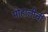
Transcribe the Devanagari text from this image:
मोहालीची